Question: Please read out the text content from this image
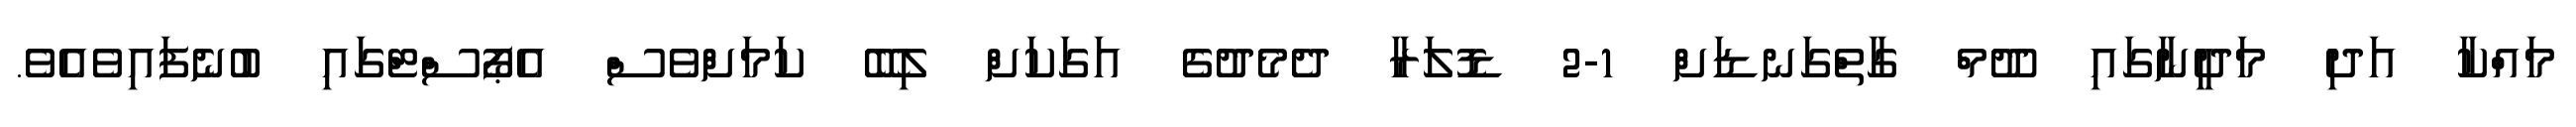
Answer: މައްކާ އަދި މަދީނާގައި ދޫމް ގާތްގަނޑަށް 1-2 ޑޮލަރާ ދެމެދުގެ އަގަކަށް ލިބޭ ކަމަށްވެސް އެޕޯސްޓްގައި ބުނެފައިވެއެވެ.